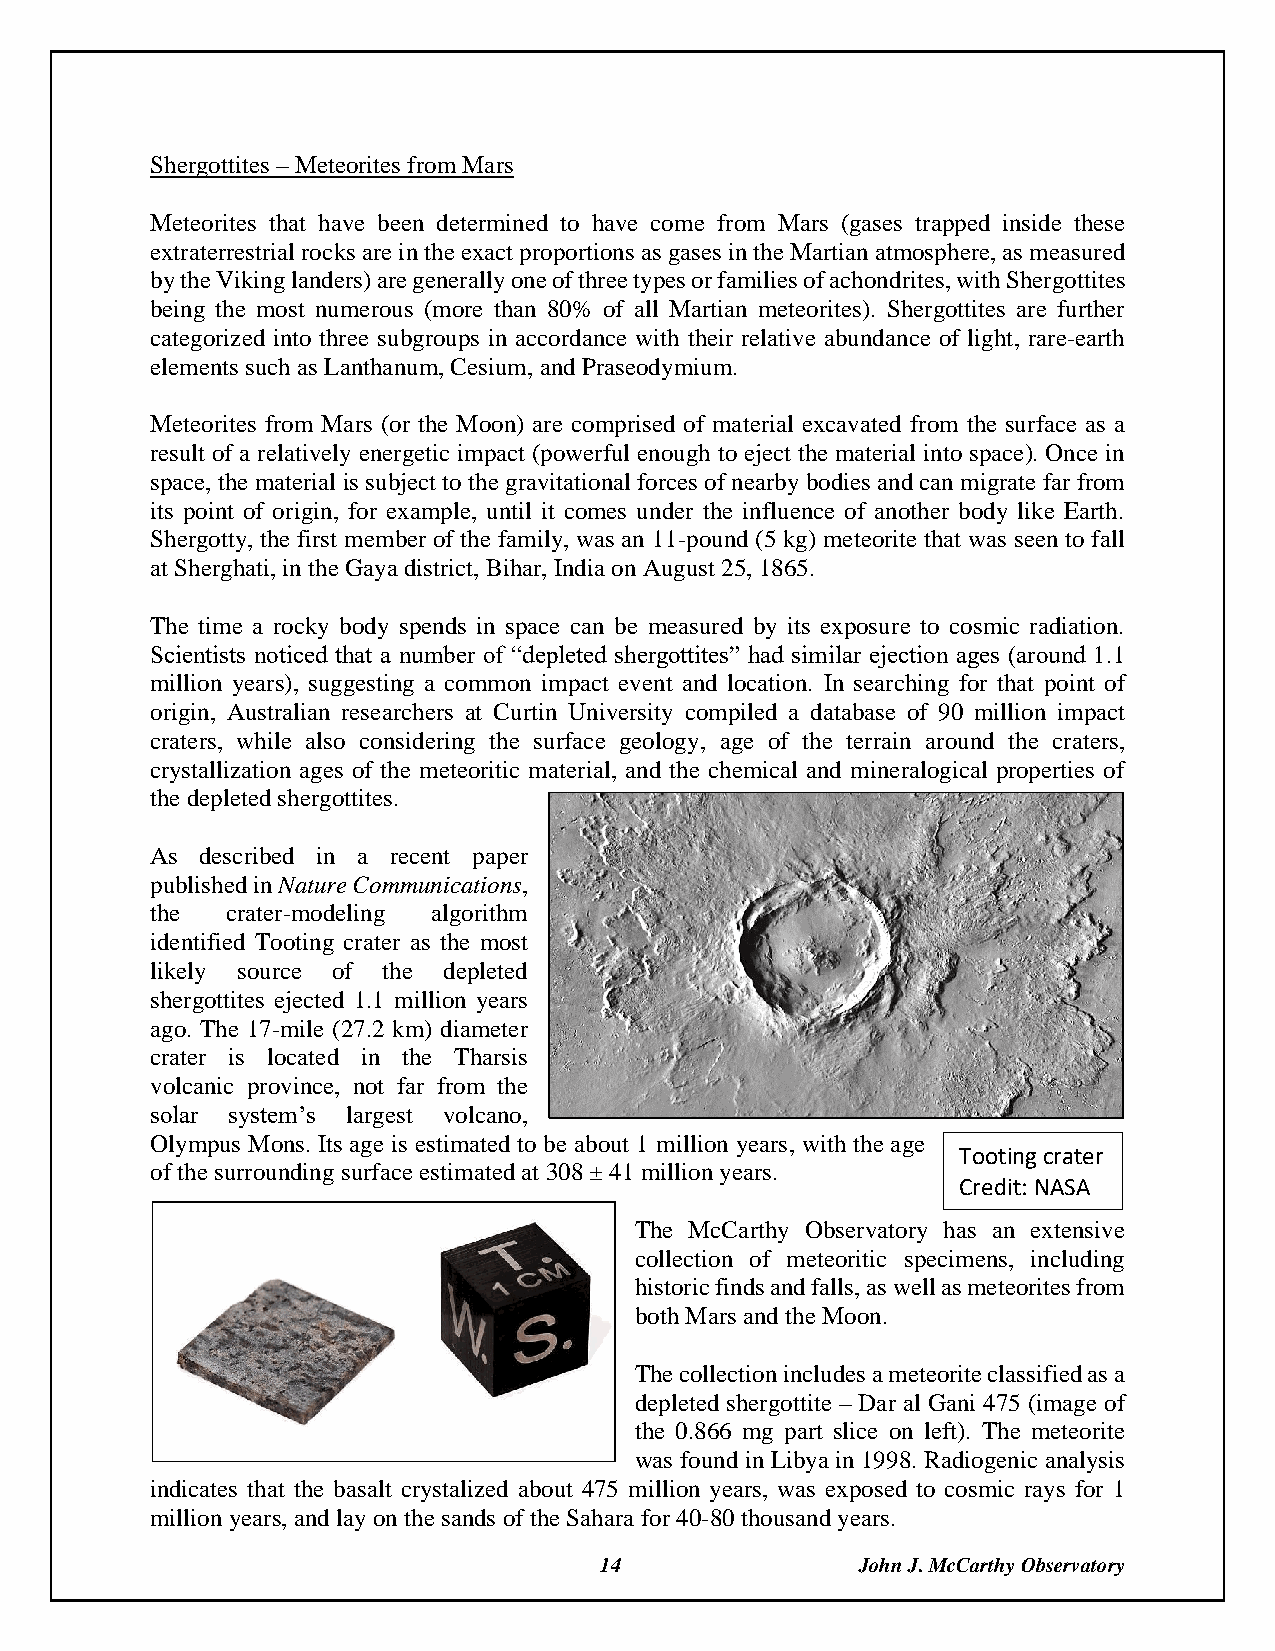
Shergottites – Meteorites from Mars
 Meteorites that have been determined to have come from Mars (gases trapped inside these
 extraterrestrial rocks are in the exact proportions as gases in the Martian atmosphere, as measured
 by the Viking landers) are generally one of three types or families of achondrites, with Shergottites
 being the most numerous (more than 80% of all Martian meteorites). Shergottites are further
 categorized into three subgroups in accordance with their relative abundance of light, rare-earth
 elements such as Lanthanum, Cesium, and Praseodymium.
 Meteorites from Mars (or the Moon) are comprised of material excavated from the surface as a
 result of a relatively energetic impact (powerful enough to eject the material into space). Once in
 space, the material is subject to the gravitational forces of nearby bodies and can migrate far from
 its point of origin, for example, until it comes under the influence of another body like Earth.
 Shergotty, the first member of the family, was an 11-pound (5 kg) meteorite that was seen to fall
 at Sherghati, in the Gaya district, Bihar, India on August 25, 1865.
 The time a rocky body spends in space can be measured by its exposure to cosmic radiation.
 Scientists noticed that a number of “depleted shergottites” had similar ejection ages (around 1.1
 million years), suggesting a common impact event and location. In searching for that point of
 origin, Australian researchers at Curtin University compiled a database of 90 million impact
 craters, while also considering the surface geology, age of the terrain around the craters,
 crystallization ages of the meteoritic material, and the chemical and mineralogical properties of
 the depleted shergottites.
 As described in a recent paper
 published in Nature Communications,
 the  crater-modeling algorithm
 identified Tooting crater as the most
 likely source of the depleted
 shergottites ejected 1.1 million years
 ago. The 17-mile (27.2 km) diameter
 crater is located in the Tharsis
 volcanic province, not far from the
 solar system’s largest volcano,
 Olympus Mons. Its age is estimated to be about 1 million years, with the age
 Tooting crater
 of the surrounding surface estimated at 308 ± 41 million years.
 Credit: NASA
 The McCarthy Observatory has an extensive
 collection of meteoritic specimens, including
 historic finds and falls, as well as meteorites from
 both Mars and the Moon.
 The collection includes a meteorite classified as a
 depleted shergottite – Dar al Gani 475 (image of
 the 0.866 mg part slice on left). The meteorite
 was found in Libya in 1998. Radiogenic analysis
 indicates that the basalt crystalized about 475 million years, was exposed to cosmic rays for 1
 million years, and lay on the sands of the Sahara for 40-80 thousand years.
 14               John J. McCarthy Observatory